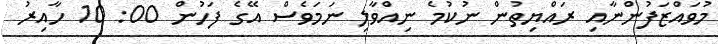
މުވައްޒަފުންނާއި ރައްޔިތުން ނުކުމެ ނިއްވާލި ނަމަވެސް އޭގެ ފަހުން 00: 10 ހާއިރު